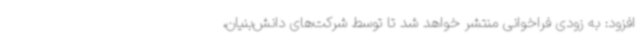
افزود: به زودی فراخوانی منتشر خواهد شد تا توسط شرکت‌های دانش‌بنیان،